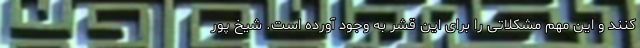
کنند و این مهم مشکلاتی را برای این قشر به وجود آورده است. شیخ پور